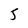
Character: 5